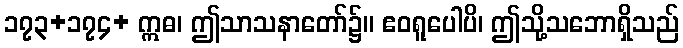
၁၇၃+၁၇၄+ ဣဓ၊ ဤသာသနာတော်၌။ ဧဝရူပေါပိ၊ ဤသို့သဘောရှိသည်